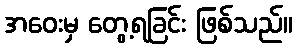
အဝေးမှ တွေ့ရခြင်း ဖြစ်သည်။